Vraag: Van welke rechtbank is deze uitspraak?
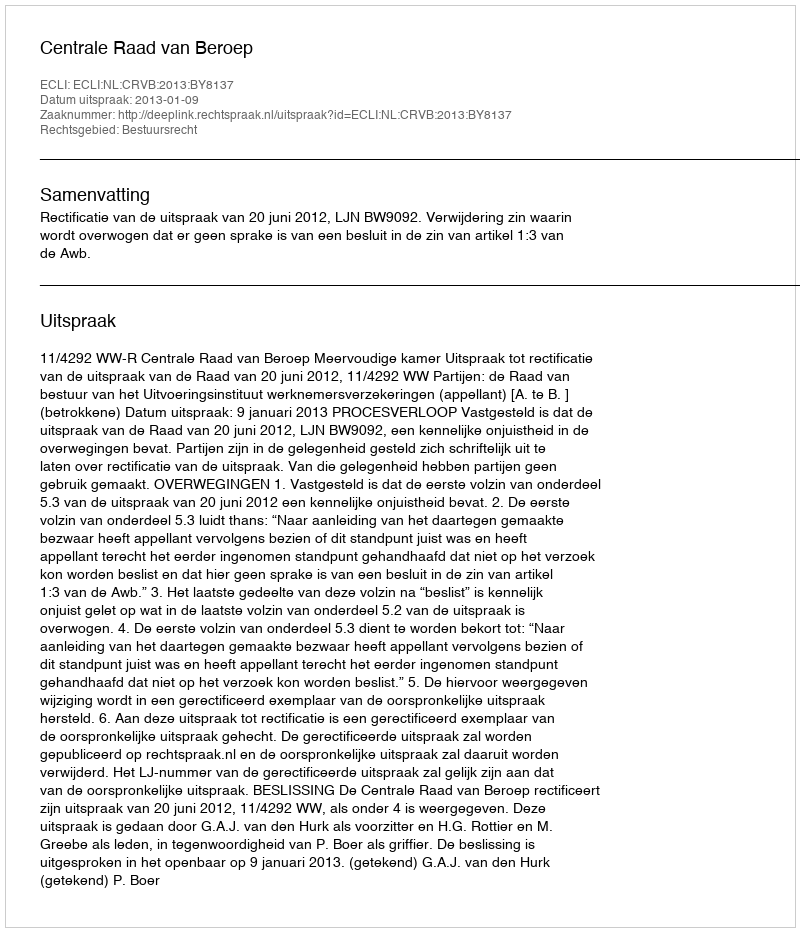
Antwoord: Centrale Raad van Beroep